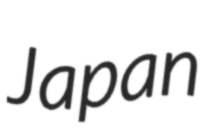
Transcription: Japan